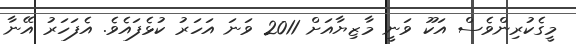
މީގެކުރިންވެސް އަކޫ ވަނީ މާޒިޔާއަށް 2011 ވަނަ އަހަރު ކުޅެފައެވެ. އެފަހަރު އޭނާ